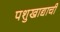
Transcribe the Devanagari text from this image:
पशुखाद्याची